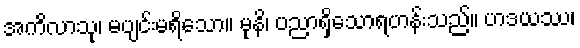
အကိလာသု၊ မပျင်းမရိသော။ မုနိ၊ ပညာရှိသောရဟန်းသည်။ ဟဒယဿ၊